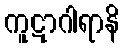
ကူဋာဂါရာနိ